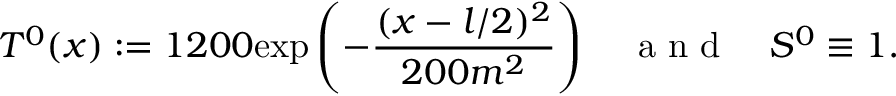
T ^ { 0 } ( x ) : = 1 2 0 0 \mathrm { e x p } \left( - \frac { ( x - l / 2 ) ^ { 2 } } { 2 0 0 m ^ { 2 } } \right) \quad \mathrm { ~ a ~ n ~ d ~ } \quad S ^ { 0 } \equiv 1 .